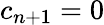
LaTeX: c_{n+1}=0